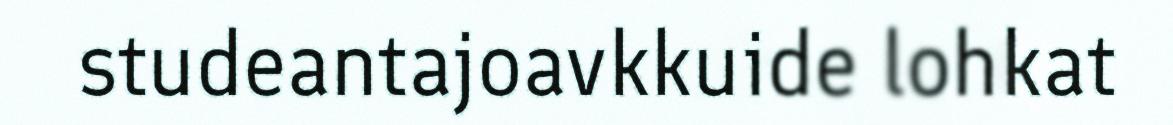
studeantajoavkkuide lohkat